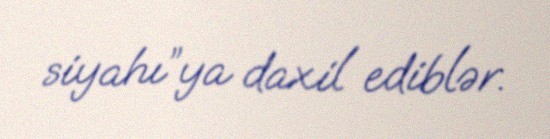
siyahı”ya daxil ediblər.